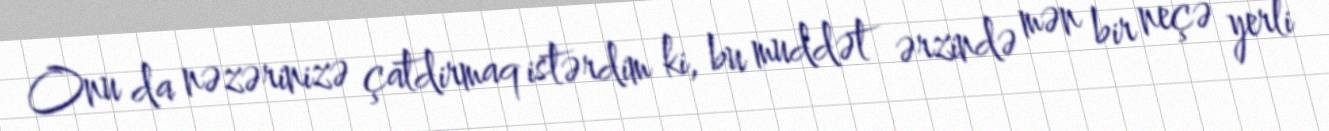
Onu da nəzərinizə çatdirmaq istərdim ki, bu muddət ərzində mən bir neçə yerli